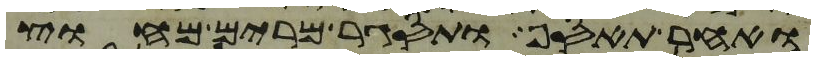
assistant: ואחר תאסף ותסגר מרים מחוץ